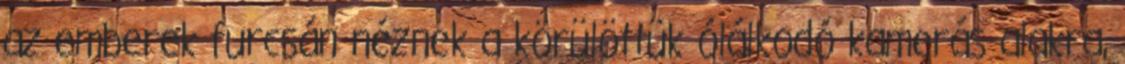
az emberek furcsán néznek a körülöttük ólálkodó kamerás alakra,